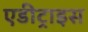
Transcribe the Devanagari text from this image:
एडीट्राइस